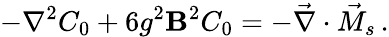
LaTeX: -\nabla^{2}C_{0}+6g^{2}\mathbf{B}^{2}C_{0}=-\vec{{\nabla}}\cdot\vec{{M}}_{s}\, .